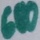
Text: 680